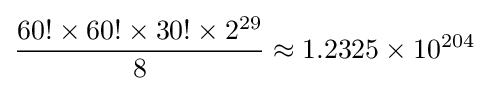
{\frac {60!\times 60!\times 30!\times 2^{29}}{8}}\approx 1.2325\times 10^{204}